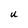
Character: u